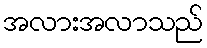
အလားအလာသည်